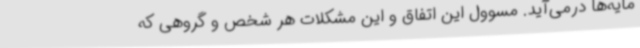
مایه‌ها در‌می‌آید. مسوول این اتفاق و این مشکلات هر شخص و گروهی که